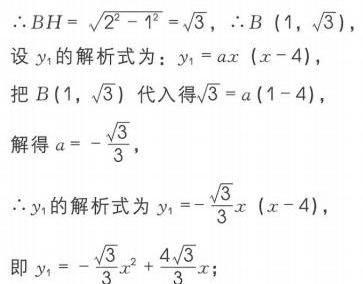
\(\therefore BH=\sqrt{2^{2}-1^{2}}=\sqrt{3}\)，\(\therefore B(1,\sqrt{3})\)，
设\(y_{1}\)的解析式为：\(y_{1}=ax(x - 4)\)，
把\(B(1,\sqrt{3})\)代入得\(\sqrt{3}=a(1 - 4)\)，
解得\(a =-\dfrac{\sqrt{3}}{3}\)，
\(\therefore y_{1}\)的解析式为\(y_{1}=-\dfrac{\sqrt{3}}{3}x(x - 4)\)，
即\(y_{1}=-\dfrac{\sqrt{3}}{3}x^{2}+\dfrac{4\sqrt{3}}{3}x\)；